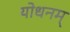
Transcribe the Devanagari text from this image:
योधनम्